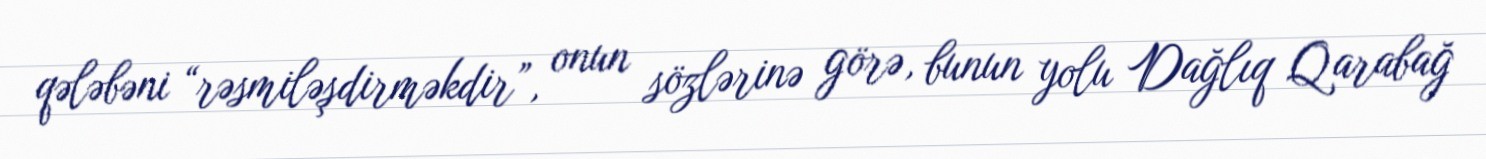
qələbəni “rəsmiləşdirməkdir”, onun sözlərinə görə, bunun yolu Dağlıq Qarabağ